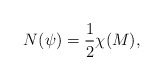
\begin{align*}N(\psi)=\frac{1}{2}\chi(M),\end{align*}